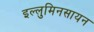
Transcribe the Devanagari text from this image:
इल्लुमिनसायन